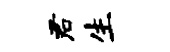
君生